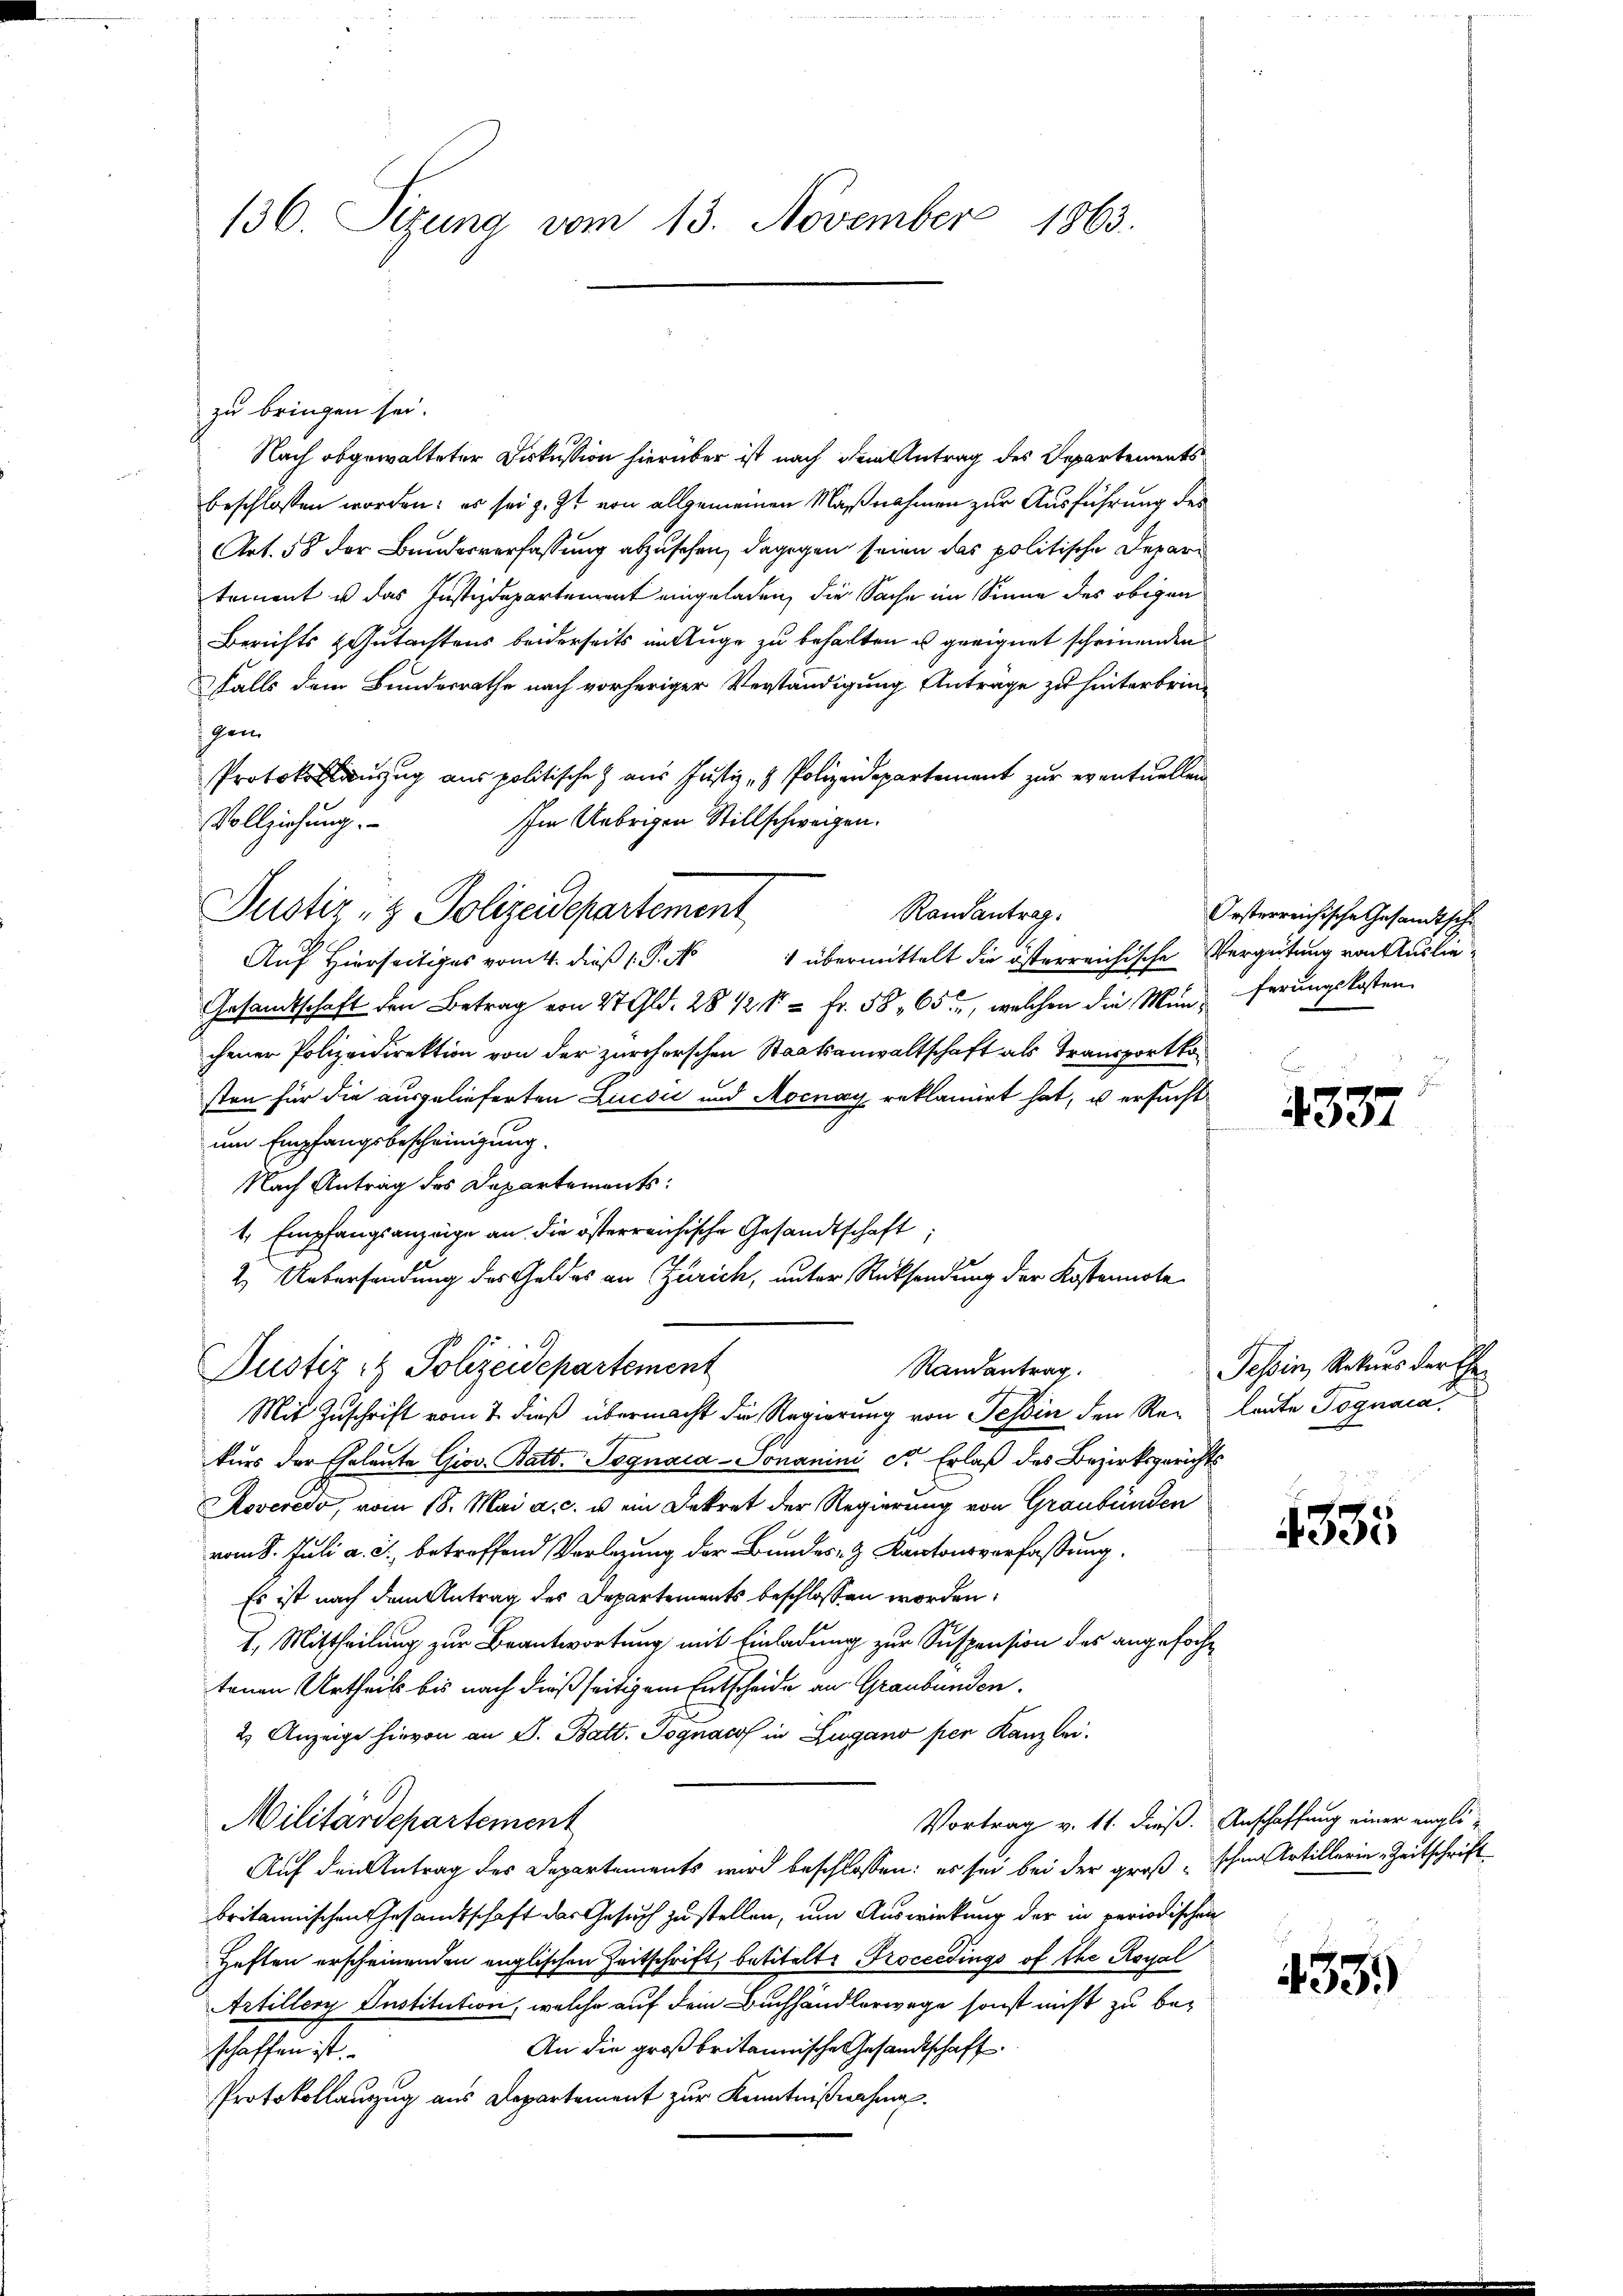
136. Sizung vom 13. November 1863.

zu bringen sei.
Nach abgewalteter Diskussion hierüber ist nach dem Antrag des Departements
beschlossen worden: es sei z. Zt. von allgemeinen Maßnahmen zur Ausführung des
Art. 58 der Bundesverfassung abzusehen, dagegen seien das politische Depari
tement u das Justizdepartement eingeladen, die Sache im Sinne des obigen
Berichts & Gutachtens beiderseits in Auge zu behalten u geeignet scheinenden
Falls dem Bundesrathe nach vorheriger Verständigung Anträge zu hinterbrindem
Protokollinzug aus politische aus Justiz- & Polizeidepartement zur eventuellen
Im Uebrigen Stillschweigen.
Vollziehung.
Justiz- & Polizeidepartement
Randantrag.
Auf Hierseitiges vom 4. dieß P. N 1 übermittelt die österreichische Vergütung von Auslie¬
Gesamtschaft den Betrag von 27 Gld. 28 1/2 = Fr. 58, 65, welchen die Mun-ferungskosten
chener Polizeidirektion von der zürcherschen Staatsanwaltschaft als Transportko
sten für die ausgelieferten Lucsić und Mocnay reklamirt hat, u ersucht
um Empfangsbescheinigung.
Nach Antrag des Departements:
1, Empfangsanzeige an die österreichische Gesandtschaft,
2. Uebersendung des Geldes an Zürich, unter Rücksendung der Kostennote

Justiz- & Polizeidepartement
Randantrag.

Mit Zuschrift vom 7. dieß übermacht die Regierung von Tessin den Re- laute Tognaca
kurs der Eheleute Giov. Batt. Pognaia-Sonanini Sr. Erlaß des Bezirksgerichts
Roveredo, vom 18. Mai a. c. u. ein Dekret der Regierung von Graubünden
vom 8. Juli a. c., betreffend Verlegung der Bundes- & Kantonsverfassung.
Es ist nach dem Antrag des Departements beschlossen worden.
I. Mittheilung zur Beantwortung mit Einladung zur Suspension des angefochtenen Urtheils bis nach dießseitigem Entscheide an Graubünden.
2) Anzeige hievon an S. Batt. Pognacof in Zugano per Kanzlei.
Vortrag v. 11. dieß. Anschaffung einer engli-
Militärdepartement
Auf den Antrag des Departements wird beschlossen: es sei bei der groß schon Artillerin Zeitschrift
britannischen Gesandtschaft das Gesuch zustellen, um Auswirkung der in periodischen
Heften erscheinenden englischen Zeitschrift, betitelt. Proceedings of the Royal
Artiller Institution, welche auf dem Buchhändlerwege sonst nicht zu be¬
An die großbritannische Gesandtschaft.
schaffen ist.
Protokollauszug aus Departement zur Kenntnißnahme.

Oesterreichische Gesandtschi

4337

Tessin, Rekurs der Ehe¬

4335

.
435.